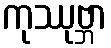
ကုဿုဗ္ဘာ